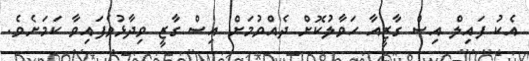
އެކު ފައިލް އިސް ގާޒީއާ ހަވާލުކޮށް ދެއްވުމަށް އިސް ގާޒީ ވިދާޅުވެފައިވާ ކަމަށެވެ.